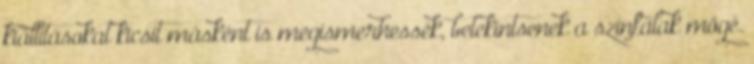
kiállításokat kicsit másként is megismerhessék, betekintsenek a színfalak mögé.